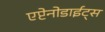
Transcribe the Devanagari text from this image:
एप्टेनोडाईट्स